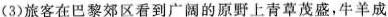
(3)旅客在巴黎郊区看到广阔的原野上青草茂盛，牛羊成